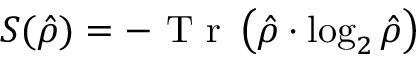
S ( \hat { \rho } ) = - \mathrm { ~ T ~ r ~ } \left( \hat { \rho } \cdot \log _ { 2 } \hat { \rho } \right)